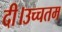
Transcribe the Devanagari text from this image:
दी।उच्चतम